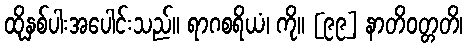
ထိုနှစ်ပါးအပေါင်းသည်။ ရာဂစရိယံ၊ ကို။ [၉၉] နာတိဝတ္တတိ၊